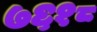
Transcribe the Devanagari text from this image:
७६१८